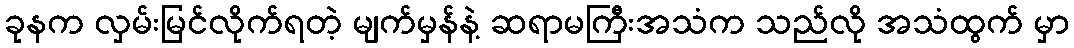
ခုနက လှမ်းမြင်လိုက်ရတဲ့ မျက်မှန်နဲ့ ဆရာမကြီးအသံက သည်လို အသံထွက် မှာ